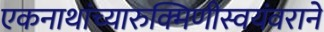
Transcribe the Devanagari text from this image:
एकनाथांच्यारुक्मिणीस्वयंवराने